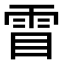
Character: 𮦋